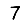
Digit: 7